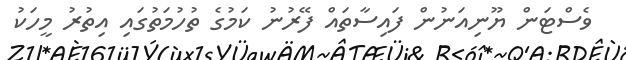
ވެސްޓަން ޔޫނިއަނުން ފައިސާތައް ފޭރުނު ކަމުގެ ތުހުމަތުގައި އިތުރު މީހަކު